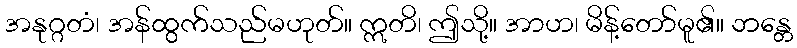
အနုဂ္ဂတံ၊ အန်ထွက်သည်မဟုတ်။ ဣတိ၊ ဤသို့။ အာဟ၊ မိန့်တော်မူ၏။ ဘန္တေ